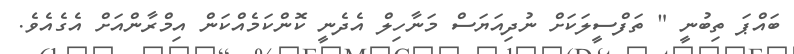
ބައްޕަ ތިބުނީ " ތަފްސީލަކަށް ނުދިއަޔަސް މަނާހިލް އެދެނީ ކޮންކަމެއްކަން އިމްރާންއަށް އެގެއެވެ.